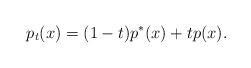
LaTeX: \begin{align*}p_t(x) = (1-t) p^*(x) + t p(x).\end{align*}